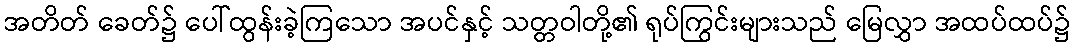
အတိတ် ခေတ်၌ ပေါ်ထွန်းခဲ့ကြသော အပင်နှင့် သတ္တဝါတို့၏ ရုပ်ကြွင်းများသည် မြေလွှာ အထပ်ထပ်၌